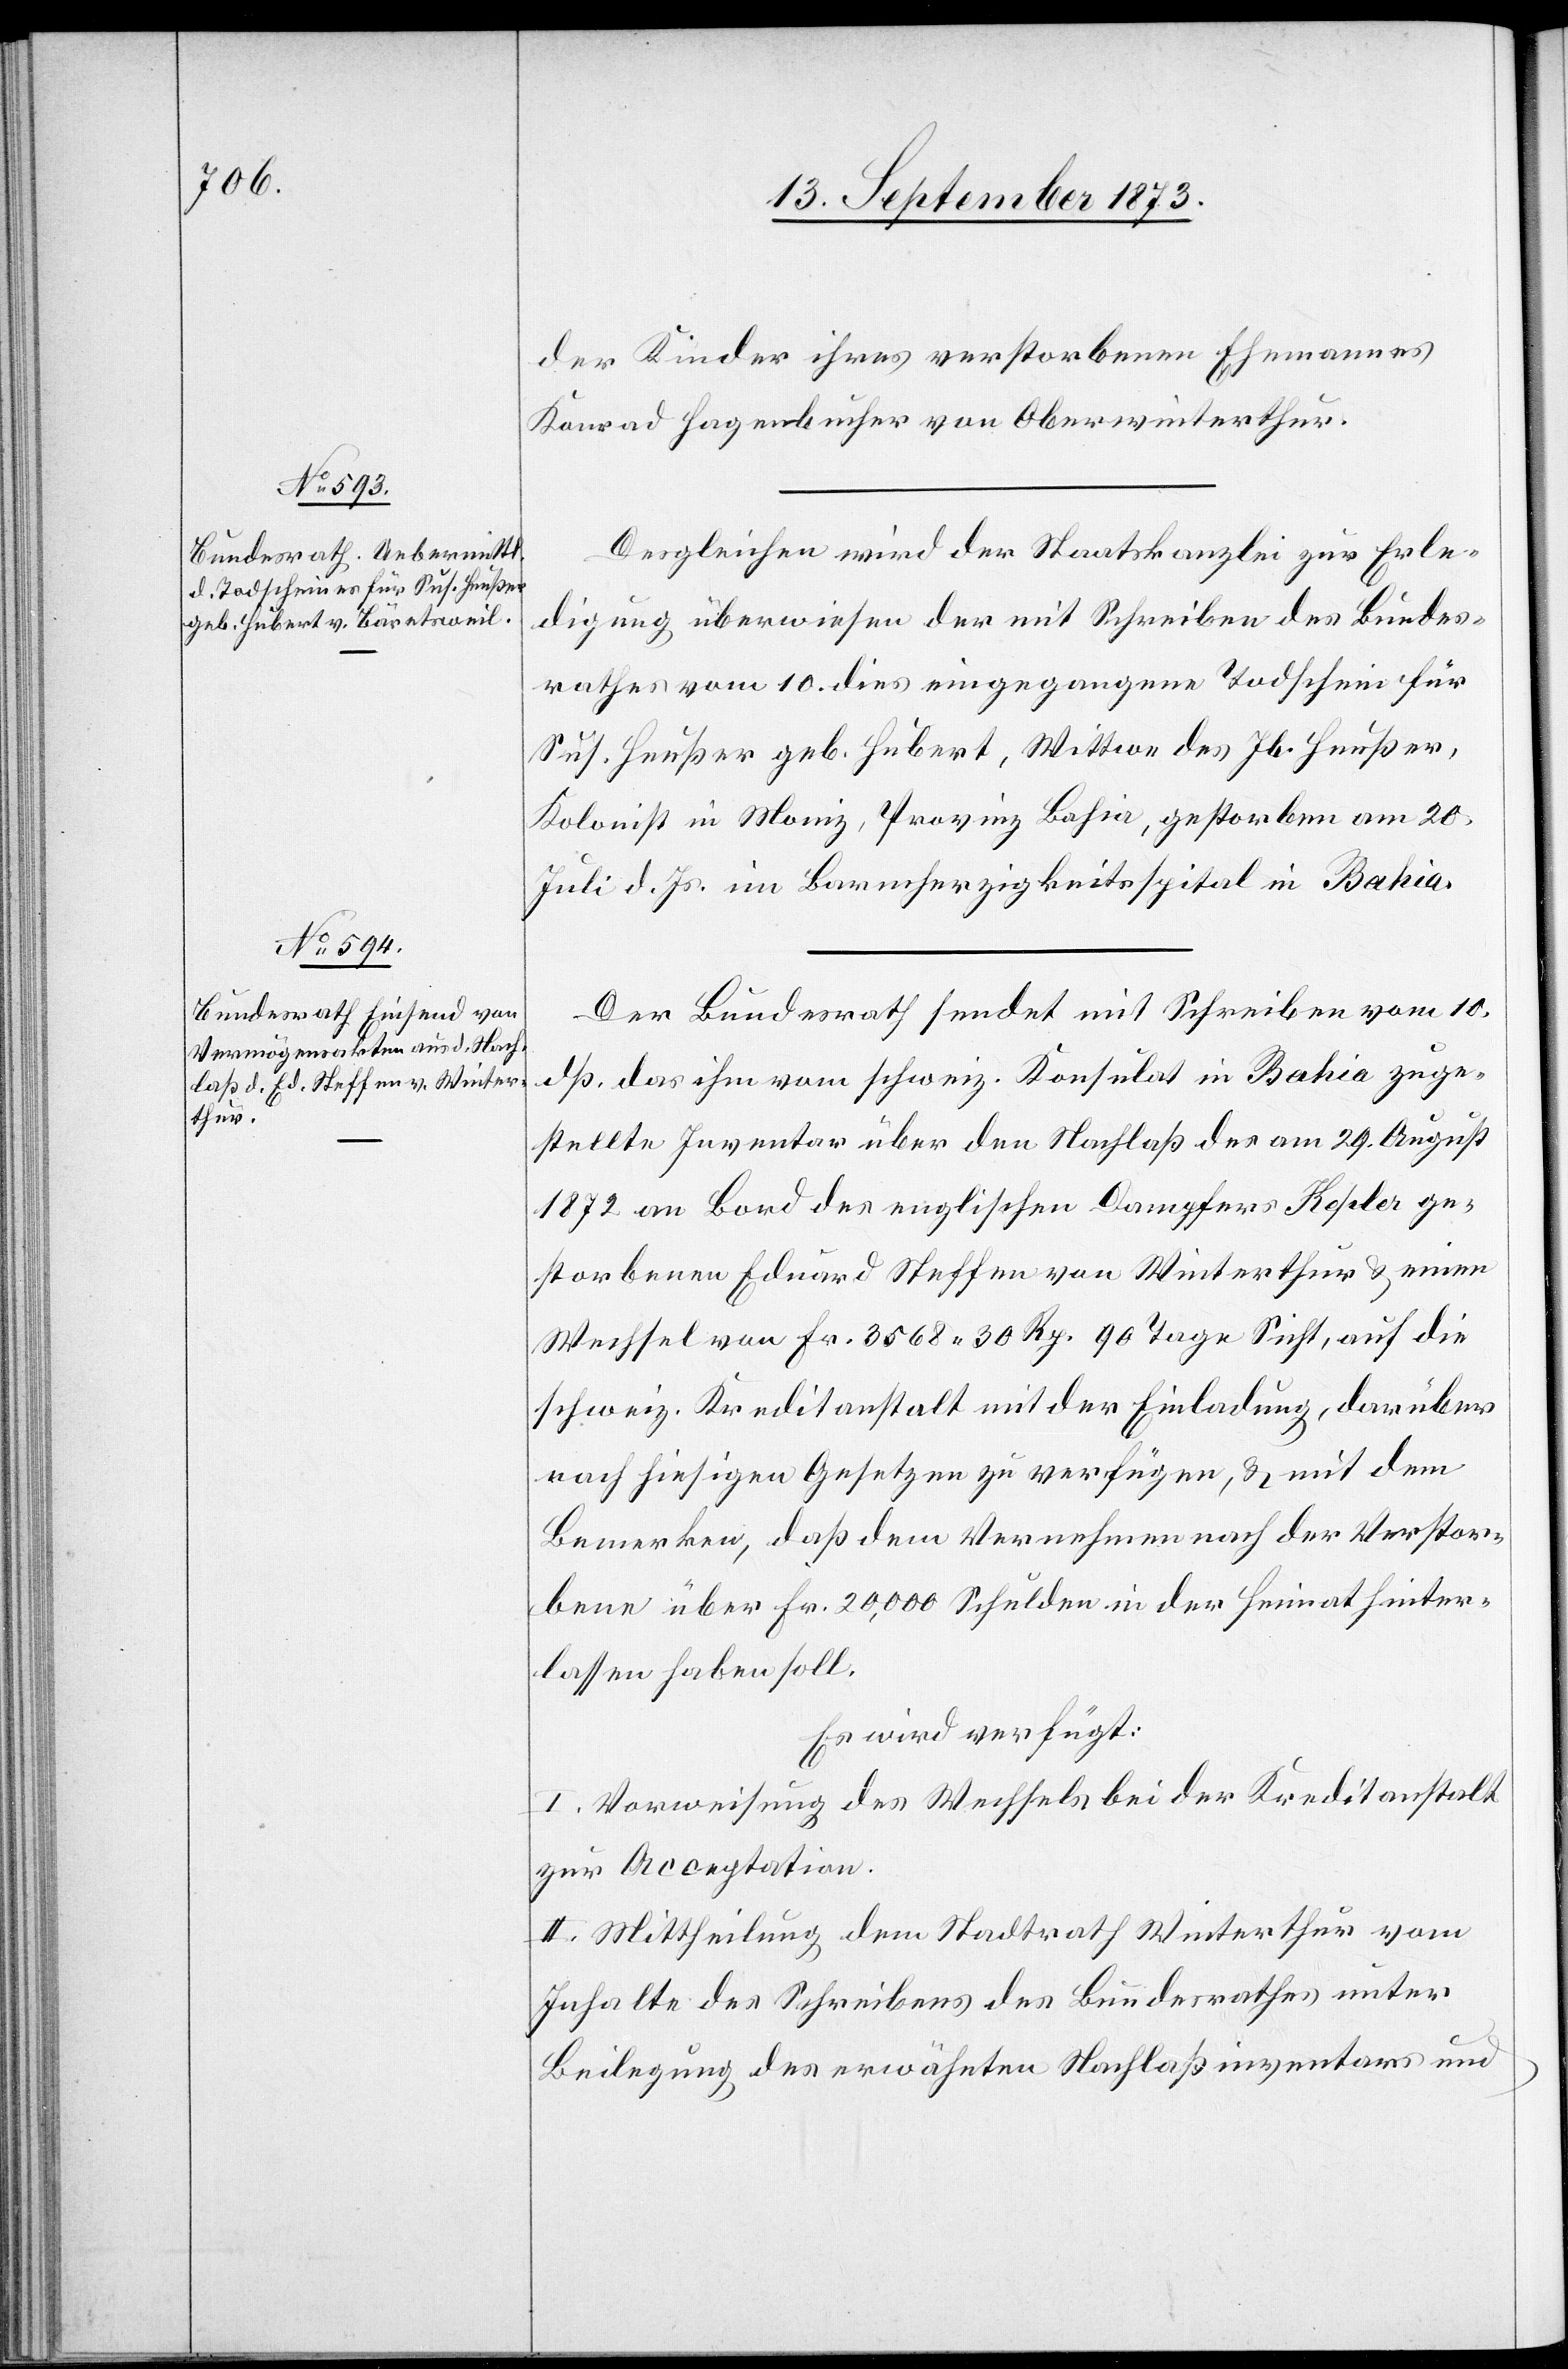
13. September 1873.]
der Kinder ihres verstorbenen Ehemannes
Konrad Hagenbucher von Oberwinterthur.
Desgleichen wird der Staatskanzlei zur Erle¬
digung überwiesen der mit Schreiben des Bundes¬
rathes vom 10. dies eingegangene Todschein für
Sus. Heußer geb. Hubert, Wittwe des Jb. Heußer,
Kolonist in Moniz, Provinz Bahia, gestorben am 20.
Juli d. Js. im Barmherzigkeitsspital in Bahia.
Der Bundesrath sendet mit Schreiben vom 10.
dß. das ihm vom schweiz. Konsulat in Bahia zuge¬
stellte Inventar über den Nachlaß des am 29. August
1872 an Bord des englischen Dampfers Kepler ge¬
storbenen Eduard Steffen von Winterthur & einen
Wechsel von Fr. 3 568 30 Rp. 90 Tage Sicht, auf die
schweiz. Kreditanstalt mit der Einladung, darüber
nach hiesigen Gesetzen zu verfügen, & mit dem
Bemerken, daß dem Vernehmen nach der Verstor¬
bene über Fr. 20,000 Schulden in der Heimat hinter¬
lassen haben soll.
Es wird verfügt:
I. Vorweisung des Wechsels bei der Kreditanstalt
zur Acceptation.
II. Mittheilung dem Stadtrath Winterthur vom
Inhalte des Schreibens des Bundesrathes unter
Beilegung des erwähnten Nachlaßinventars und